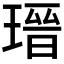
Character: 𤨁